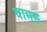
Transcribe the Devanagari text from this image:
चामङ